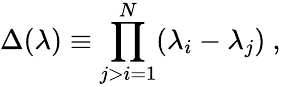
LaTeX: \Delta(\lambda)\equiv\prod_{j>i=1}^{N}(\lambda_{i}-\lambda_{j})\ ,